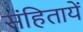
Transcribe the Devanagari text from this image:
संहितायें